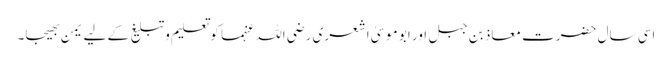
اسی سال حضرت معاذ بن جبل اور ابو موسیٰ اشعری رضی اللہ عنہما کو تعلیم وتبلیغ کے لیے یمن بھیجا۔